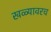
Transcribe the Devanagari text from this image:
खळ्यावरच